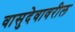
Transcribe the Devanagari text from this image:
वासुदेवावरील